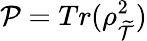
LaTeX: \mathcal{P}=Tr(\rho_{\widetilde{\mathcal{T}}}^{2})